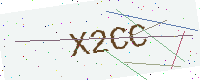
Text: X2CC